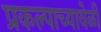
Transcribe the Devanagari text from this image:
प्रकल्पाच्यावेळी